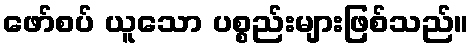
ဖော်စပ် ယူသော ပစ္စည်းများဖြစ်သည်။